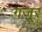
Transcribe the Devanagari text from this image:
गजूर